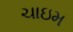
ચાઇમ